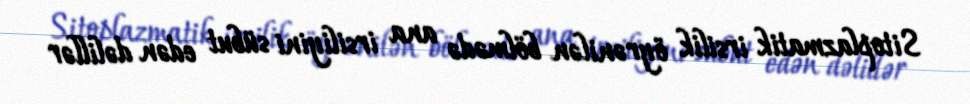
Sitoplazmatik irsilik öyrənilən bölmədə ana irsiliyini sübut edən dəlillər